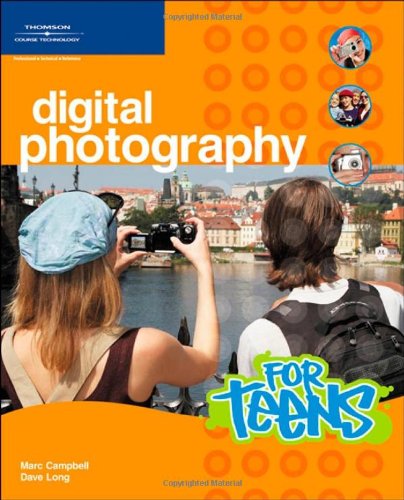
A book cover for Digital Photography for Teens (For Teens (Course Technology)); Marc Campbell; Teen & Young Adult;